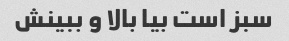
سبز است بیا بالا و ببینش